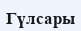
Гүлсары